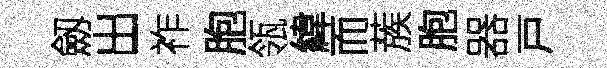
劔出祚胞瓴緯而蔟胞器戸